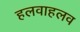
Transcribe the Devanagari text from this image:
हलवाहलव